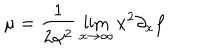
LaTeX: \mu = \frac { 1 } { 2 \alpha ^ { 2 } } \lim _ { x \to \infty } x ^ { 2 } \partial _ { x } f